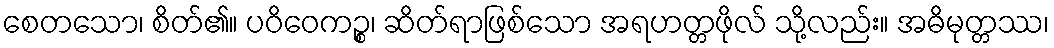
စေတသော၊ စိတ်၏။ ပဝိဝေကဉ္စ၊ ဆိတ်ရာဖြစ်သော အရဟတ္တဖိုလ် သို့လည်း။ အဓိမုတ္တဿ၊